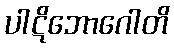
ပါဋိဘောဂေါတိ